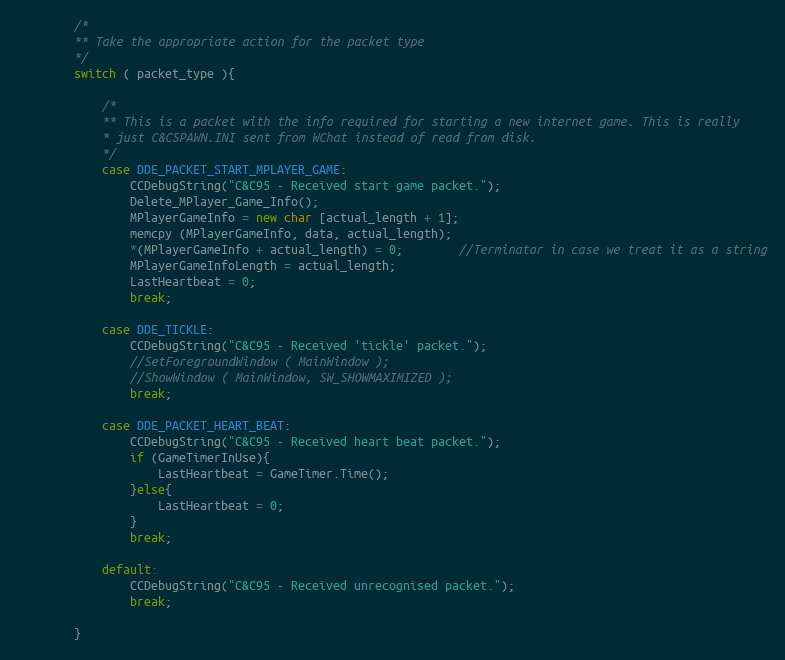
Language: C++
		/*
		** Take the appropriate action for the packet type
		*/
		switch ( packet_type ){

			/*
			** This is a packet with the info required for starting a new internet game. This is really
		 	* just C&CSPAWN.INI sent from WChat instead of read from disk.
			*/
			case DDE_PACKET_START_MPLAYER_GAME:
				CCDebugString("C&C95 - Received start game packet.");
				Delete_MPlayer_Game_Info();
				MPlayerGameInfo = new char [actual_length + 1];
				memcpy (MPlayerGameInfo, data, actual_length);
				*(MPlayerGameInfo + actual_length) = 0;		//Terminator in case we treat it as a string
				MPlayerGameInfoLength = actual_length;
				LastHeartbeat = 0;
				break;

			case DDE_TICKLE:
				CCDebugString("C&C95 - Received 'tickle' packet.");
				//SetForegroundWindow ( MainWindow );
				//ShowWindow ( MainWindow, SW_SHOWMAXIMIZED );
				break;

			case DDE_PACKET_HEART_BEAT:
				CCDebugString("C&C95 - Received heart beat packet.");
				if (GameTimerInUse){
					LastHeartbeat = GameTimer.Time();
				}else{
					LastHeartbeat = 0;
				}
				break;

			default:
				CCDebugString("C&C95 - Received unrecognised packet.");
				break;

		}